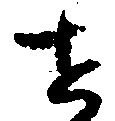
せ